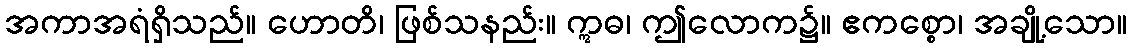
အကာအရံရှိသည်။ ဟောတိ၊ ဖြစ်သနည်း။ ဣဓ၊ ဤလောက၌။ ဧကစ္စော၊ အချို့သော။